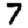
Digit: 7